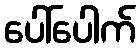
ပေါ်ပေါက်